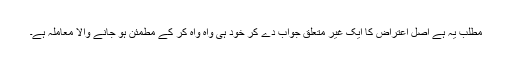
مطلب یہ ہے اصل اعتراض کا ایک غیر متعلق جواب دے کر خود ہی واہ واہ کر کے مطمئن ہو جانے والا معاملہ ہے۔